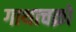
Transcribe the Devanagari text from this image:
गाथाचक्रों